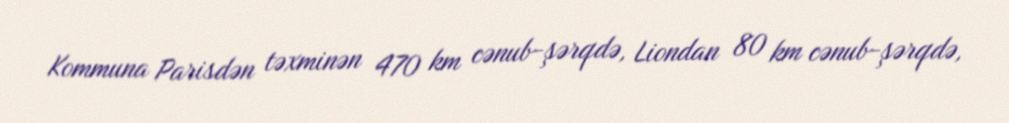
Kommuna Parisdən təxminən 470 km cənub-şərqdə, Liondan 80 km cənub-şərqdə,